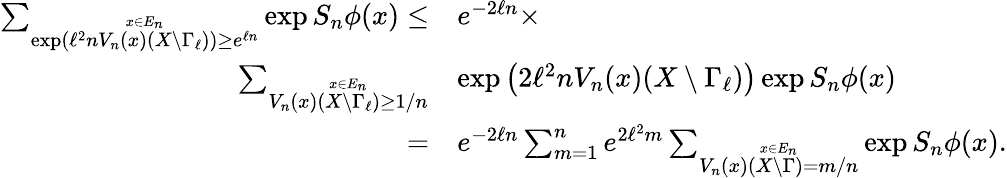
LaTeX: \begin{array}{rl}{\sum_{\stackrel{x\in E_{n}}{\exp\left(\ell^{2}nV_{n}(x)(X\setminus\Gamma_{\ell})\right)\geq e^{\ell n}}}\exp S_{n}\phi(x)\leq}&{e^{-2\ell n}\times}\\ {\sum_{\stackrel{x\in E_{n}}{V_{n}(x)(X\setminus\Gamma_{\ell})\geq 1/n}}}&{\exp\left(2\ell^{2}nV_{n}(x)(X\setminus\Gamma_{\ell})\right)\exp S_{n}\phi(x)}\\ {=}&{e^{-2\ell n}\sum_{m=1}^{n}e^{2\ell^{2}m}\sum_{\stackrel{x\in E_{n}}{V_{n}(x)(X\setminus\Gamma)=m/n}}\exp S_{n}\phi(x).}\end{array}